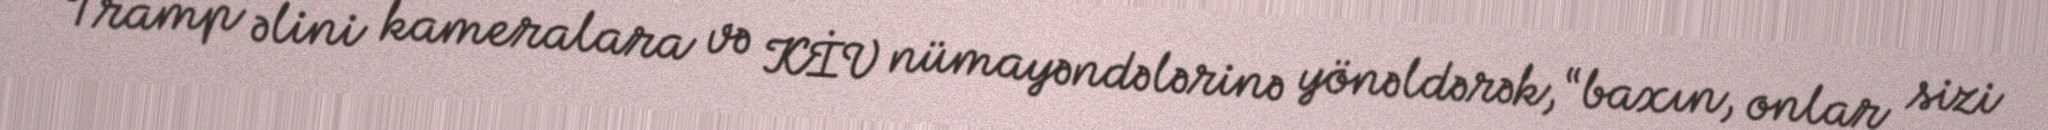
Tramp əlini kameralara və KİV nümayəndələrinə yönəldərək, “baxın, onlar sizi